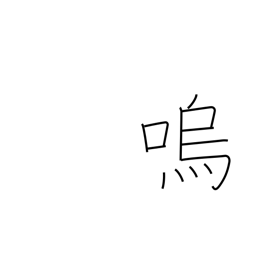
Meaning: alas